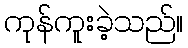
ကုန်ကူးခဲ့သည်။